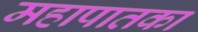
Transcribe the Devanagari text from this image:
महापातका